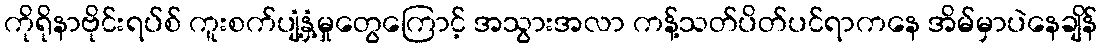
ကိုရိုနာဗိုင်းရပ်စ် ကူးစက်ပျံ့နှံ့မှုတွေကြောင့် အသွားအလာ ကန့်သတ်ပိတ်ပင်ရာကနေ အိမ်မှာပဲနေချိန်